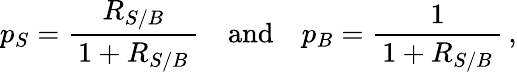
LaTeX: p_{S}=\frac{R_{S/B}}{\, 1+R_{S/B}\, }\quad\mathrm{and}\quad p_{B}=\frac{1}{\, 1+R_{S/B}\, }\, ,